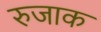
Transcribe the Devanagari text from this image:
रुजाक